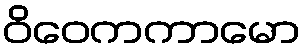
ဝိဝေကကာမော